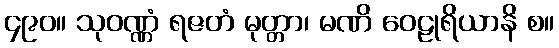
၄၉၀။ သုဝဏ္ဏံ ရဇတံ မုတ္တာ၊ မဏိ ဝေဠုရိယာနိ စ။